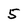
Character: 5